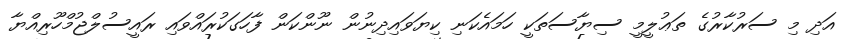
އަދި މި ސަރުކާރުގެ ތަޢުލީމީ ސިޔާސަތަކީ ހަމައެކަނި ކިޔަވައިދިނުން ނޫންކަން ފާހަގަކުރައްވައި ރައީސުލްޖުމްހޫރިއްޔާ